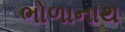
ભોળાનાથ